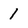
Character: 1